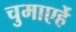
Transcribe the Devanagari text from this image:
चुमाएर्हे